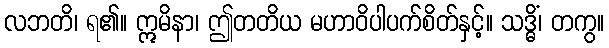
လဘတိ၊ ရ၏။ ဣမိနာ၊ ဤတတိယ မဟာဝိပါပက်စိတ်နှင့်။ သဒ္ဓိံ၊ တကွ။